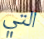
التي